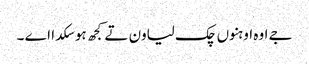
جے اوہ اوہنوں چک لیاون تے کجھ ہو سکدا اے ۔